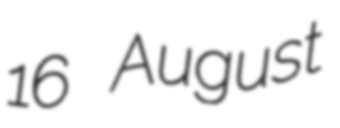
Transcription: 16 August